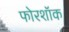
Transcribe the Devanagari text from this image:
फोरशॉक